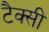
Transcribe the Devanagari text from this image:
टैक्सी